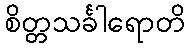
စိတ္တသင်္ခါရောတိ